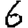
Digit: 6